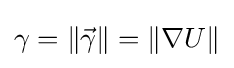
\gamma =\|{\vec {\gamma }}\|=\|\nabla U\|